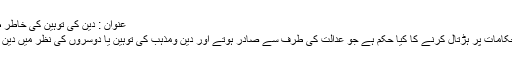
عنوان : دین کی توہین کی خاطر ظالم حکومت کے ملازمین کی ہڑتال کرنا
سوال: ظالم حکومت کے ملازمین کا ان احکامات پر ہڑتال کرنے کا کیا حکم ہے جو عدالت کی طرف سے صادر ہوتے اور دین ومذہب کی توہین یا دوسروں کی نظر میں دین کو توہین آمیز دکھانے کا سبب ہوتے ہیں؟